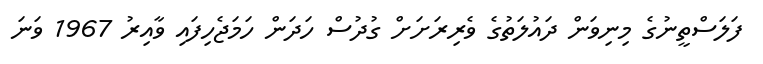
ފަލަސްތީނުގެ މިނިވަން ދައުލަތުގެ ވެރިރަށަށް ގުދުސް ހަދަން ހަމަޖެހިފައި ވާއިރު 1967 ވަނަ